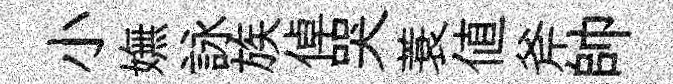
小嫵詠族倬哭蓑值斧帥